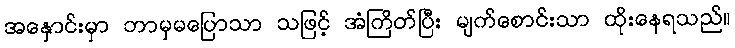
အနှောင်းမှာ ဘာမှမပြောသာ သဖြင့် အံကြိတ်ပြီး မျက်စောင်းသာ ထိုးနေရသည်။